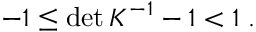
\begin{array} { r } { - 1 \leq \operatorname* { d e t } K ^ { - 1 } - 1 < 1 \; . } \end{array}